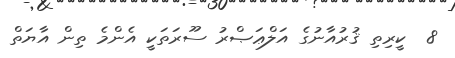
8  ކީރިތި ޤުރުއާނުގެ އަލްޢަޞްރު ސޫރަތަކީ އެންމެ ތިން އާޔަތް